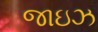
જાઇઝ